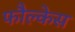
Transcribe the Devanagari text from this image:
फौल्केस